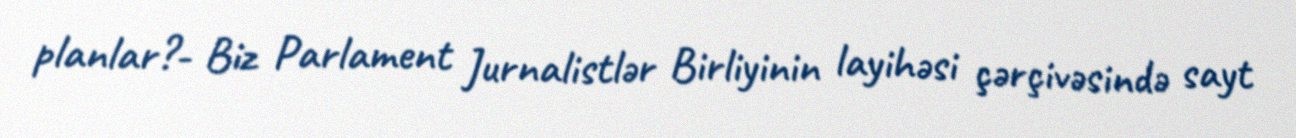
planlar?- Biz Parlament Jurnalistlər Birliyinin layihəsi çərçivəsində sayt